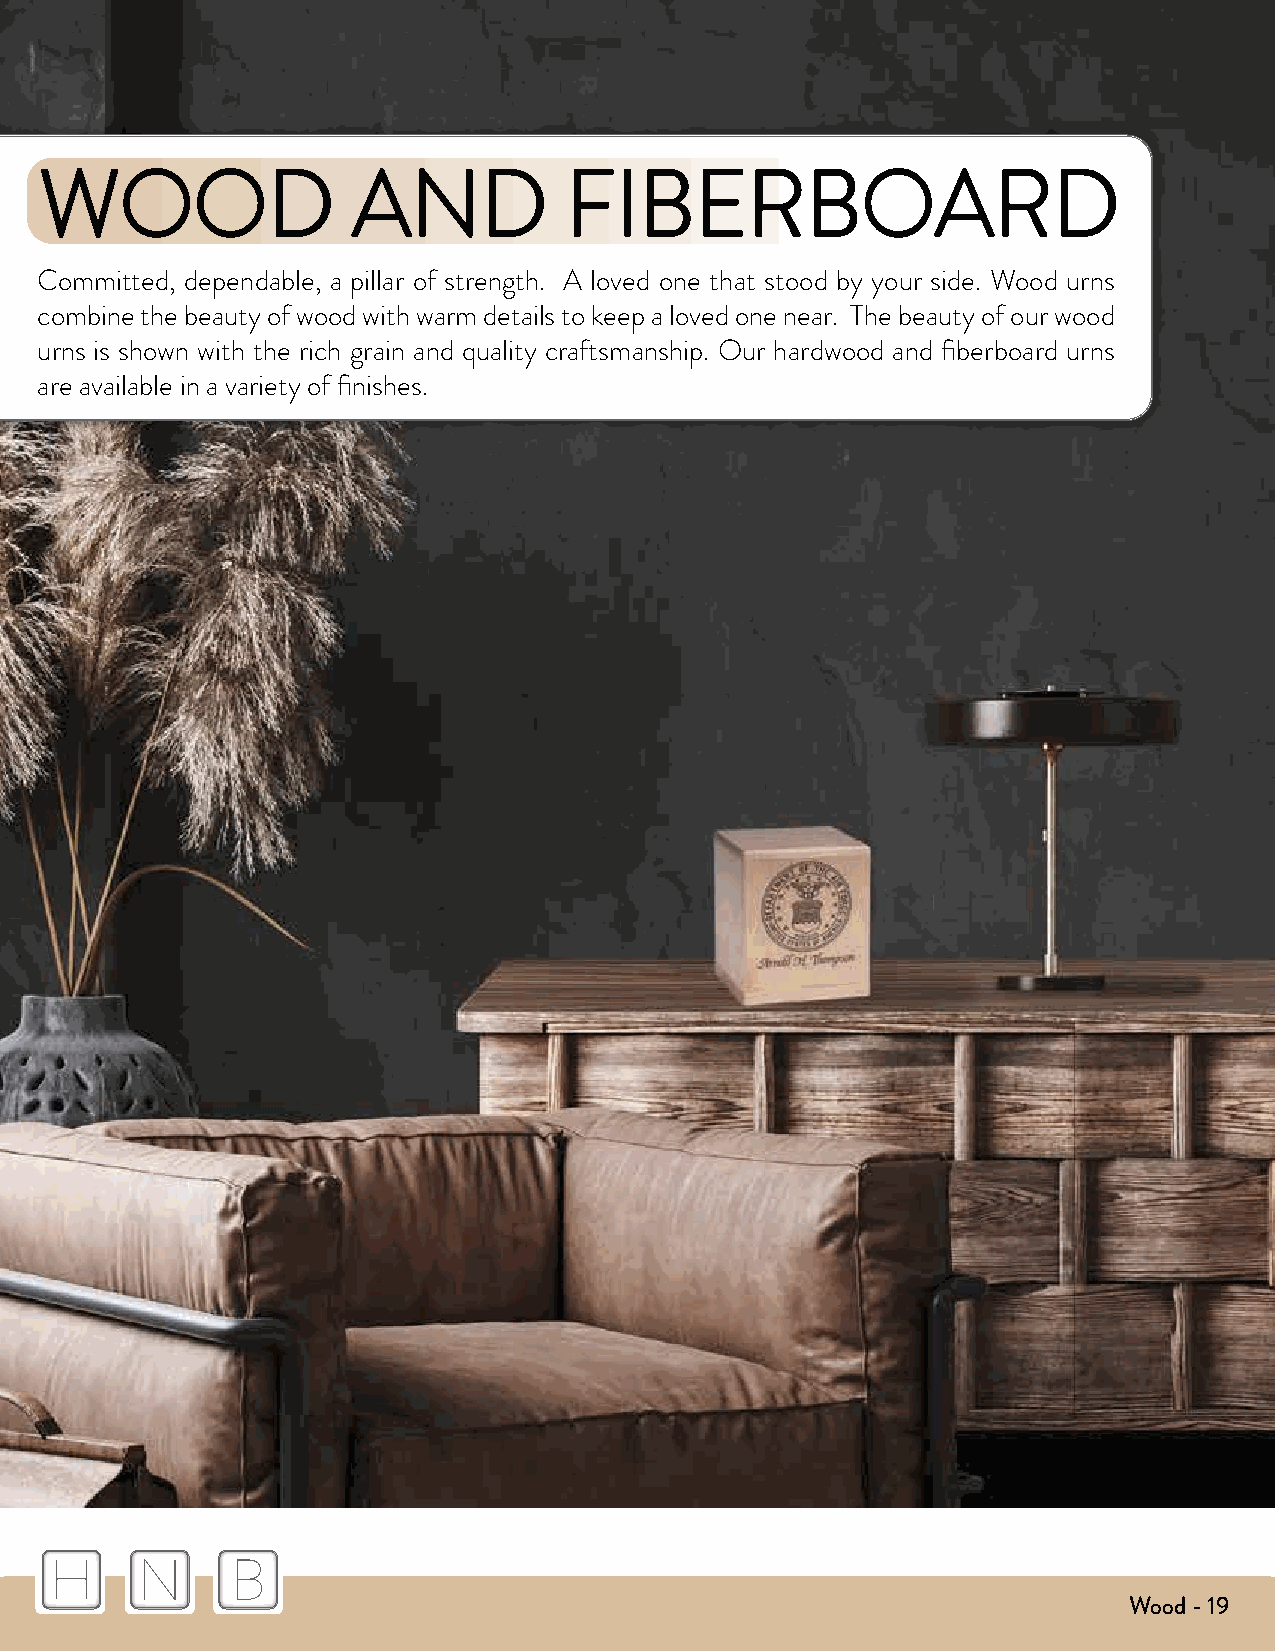
WOOD                 AND           FIBERBOARD
 Committed, dependable, a pillar of strength. A loved one that stood by your side. Wood urns
 combine the beauty of wood with warm details to keep a loved one near. The beauty of our wood
 urns is shown with the rich grain and quality craftsmanship. Our hardwood and fiberboard urns
 are available in a variety of finishes.
 H     N     B
 Wood - 19